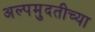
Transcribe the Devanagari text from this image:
अल्पमुदतीच्या